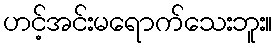
ဟင့်အင်းမရောက်သေးဘူး။